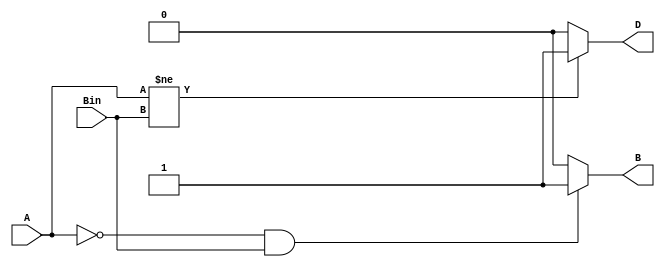
module half_sub(output reg D,B,input A,Bin);
always @* begin
if (A != Bin ) begin
   D=1;
   end
   else begin
   D=0;
   end
 if(A==0 && Bin==1) begin
    B=1;
    end
    else begin
    B=0;
    end
end
endmodule